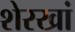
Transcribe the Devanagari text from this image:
शेरखां